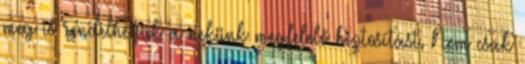
meg is rendelhetjük a nekünk megfelelő biztosítást. Nem csak